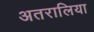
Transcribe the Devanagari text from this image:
अतरालिया